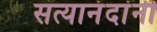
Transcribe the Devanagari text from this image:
सत्यानंदांनी